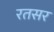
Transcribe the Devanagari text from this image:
रतसर